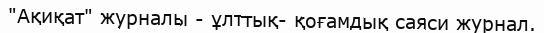
"Ақиқат" журналы - ұлттық- қоғамдық саяси журнал.